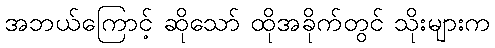
အဘယ်ကြောင့် ဆိုသော် ထိုအခိုက်တွင် သိုးများက